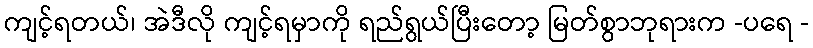
ကျင့်ရတယ်၊ အဲဒီလို ကျင့်ရမှာကို ရည်ရွယ်ပြီးတော့ မြတ်စွာဘုရားက -ပရေ -